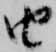
由